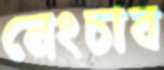
নেংচাব